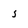
Character: 5